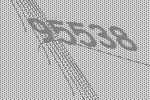
95538